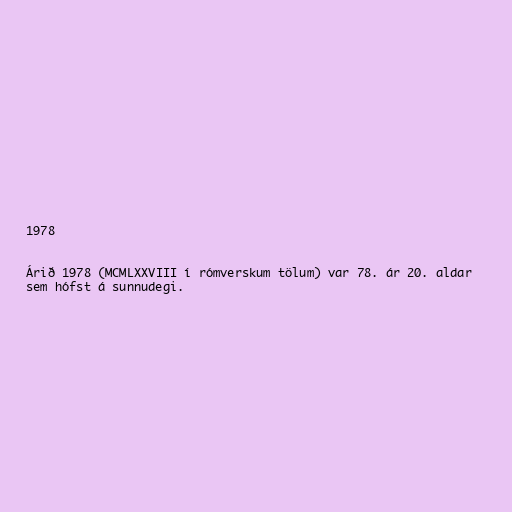
1978

Árið 1978 (MCMLXXVIII í rómverskum tölum) var 78. ár 20. aldar
sem hófst á sunnudegi.